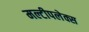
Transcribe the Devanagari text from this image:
मल्टीपलेक्स